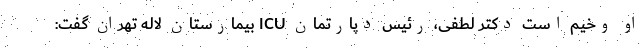
او وخیم است دکتر لطفی، رئیس دپارتمان ICU بیمارستان لاله تهران گفت: